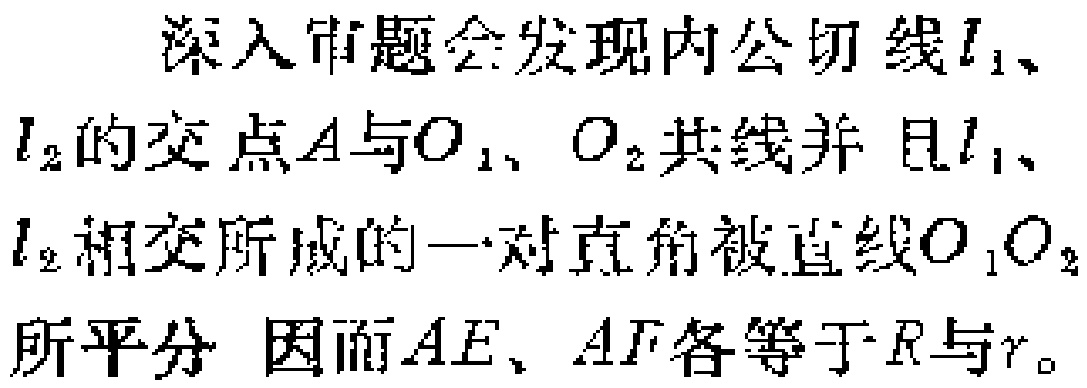
深入审题会发现内公切线\(l_{1}\)、\(l_{2}\)的交点\(A\)与\(O_{1}\)、\(O_{2}\)共线并且\(l_{1}\)、\(l_{2}\)相交所成的一对直角被直线\(O_{1}O_{2}\)所平分 因而\(AE\)、\(AF\)各等于\(R\)与\(r\)。